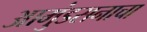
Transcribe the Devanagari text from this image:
आमुंडसनाचा